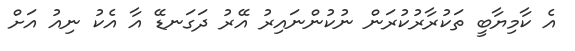
އެ ކާމިޔާބީ ތަކުރާރުކުރަން ނުކުންނައިރު އޭރު ދަގަނޑޭ އާ އެކު ނިއު އަށް